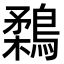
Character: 鶔